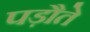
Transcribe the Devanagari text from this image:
पड़ौते